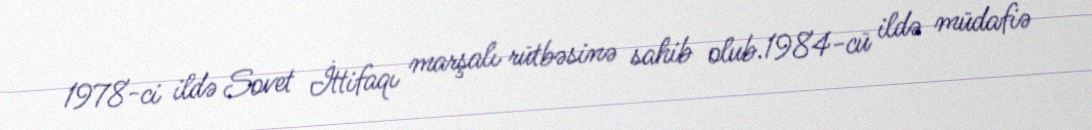
1978-ci ildə Sovet İttifaqı marşalı rütbəsinə sahib olub.1984-cü ildə müdafiə